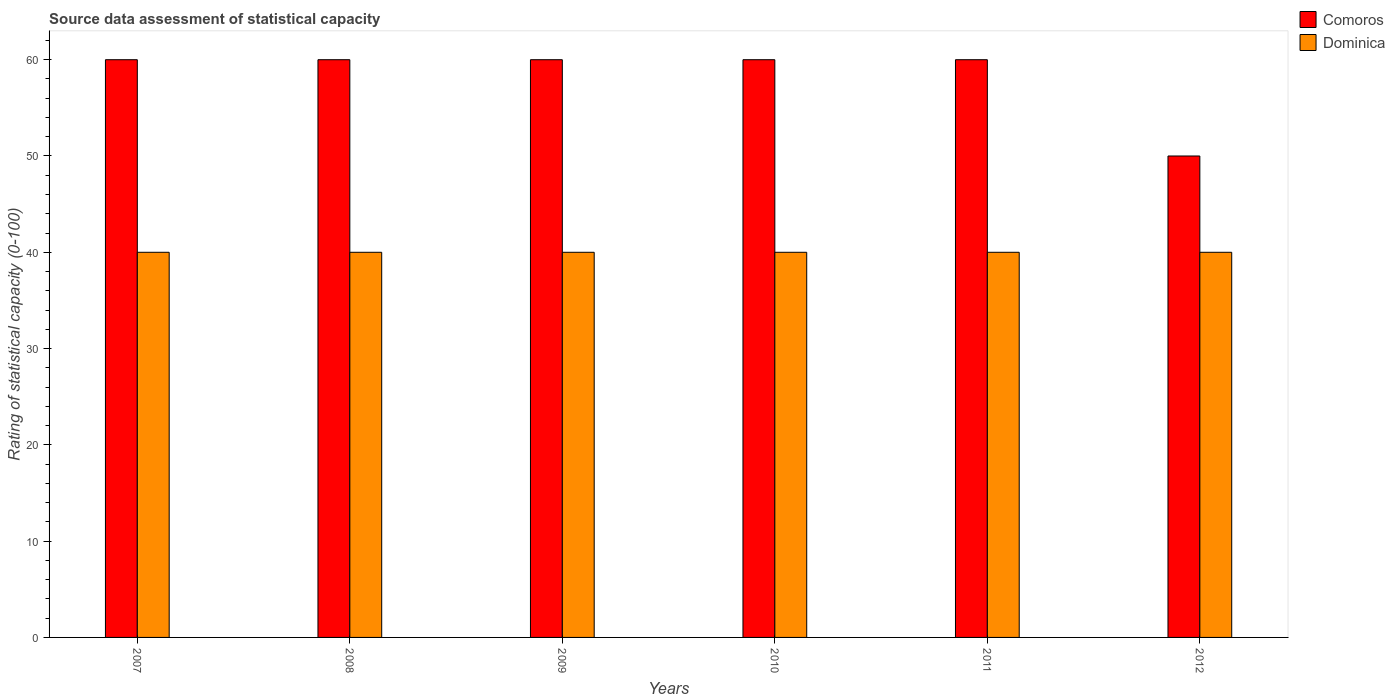
| Years | Comoros | Dominica |
 | --- | --- | --- |
 | 2007 | 60 | 40 |
 | 2008 | 60 | 40 |
 | 2009 | 60 | 40 |
 | 2010 | 60 | 40 |
 | 2011 | 60 | 40 |
 | 2012 | 50 | 40 |